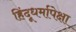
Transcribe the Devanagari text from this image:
हिंदूधर्मापेक्षा